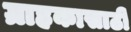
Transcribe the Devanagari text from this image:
ग्राहकासाठी